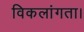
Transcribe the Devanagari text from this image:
विकलांगता।